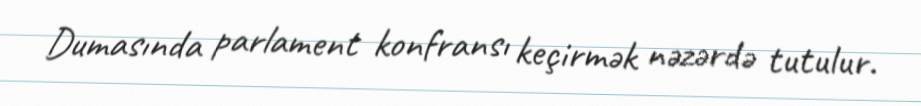
Dumasında parlament konfransı keçirmək nəzərdə tutulur.